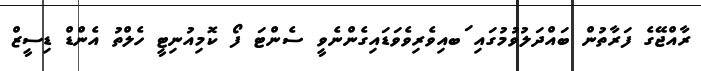
ރާއްޖޭގެ ފަރާތުން ބައްދަލުވުމުގައި ަބއިވެރިވެވަޑައިގެންނެވީ ސެންޓަ ފޯ ކޮމިއުނިޓީ ހެލްތު އެންޑް ޑިސީޒް